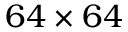
6 4 \times 6 4